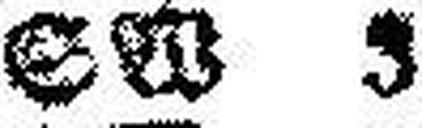
SW 3